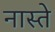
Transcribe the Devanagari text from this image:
नास्‍ते